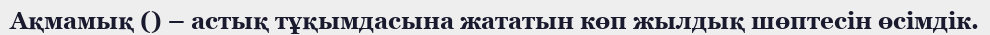
Ақмамық () – астық тұқымдасына жататын көп жылдық шөптесін өсімдік.